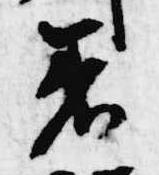
着